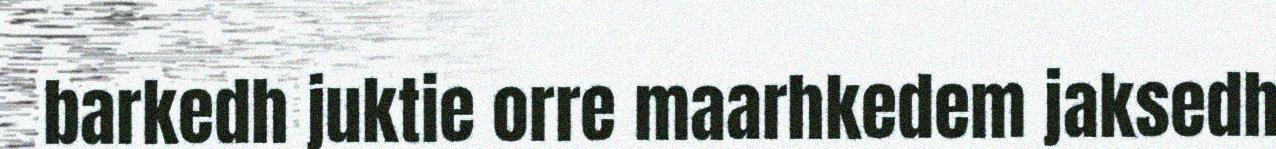
barkedh juktie orre maarhkedem jaksedh